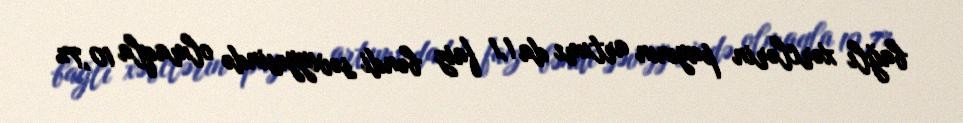
bağlı xərclərin payının artımı da 1,1 faiz bəndi səviyyəsində olmaqla 10,7%